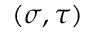
\left( \sigma , \tau \right)